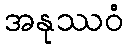
အနုဿဝံ